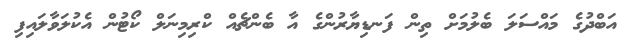
އަބްދުގެ މައްސަލަ ބެލުމަށް ތިން ފަނޑިޔާރުންގެ އާ ބެންޗެއް ކްރިމިނަލް ކޯޓުން އެކުލަވާލައިފި